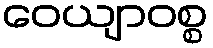
ဝေယျာဝစ္စ